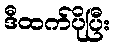
ဒီထက်ပိုပြီး